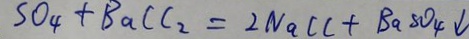
S O _ { 4 } + B a C C _ { 2 } = 2 N a C C + B a S O _ { 4 } \downarrow